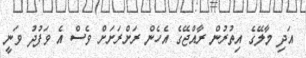
އަދި މާލޭގެ އިތުރުން ރާއްޖޭގެ އެހެން ރަށްރަށަށް ވެސް އެ ވަފުދު ވަނީ